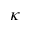
\kappa